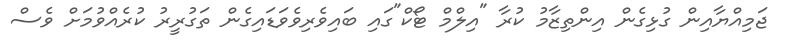
ޖަމިއްޔާއިން ގުޅިގެން އިންތިޒާމު ކުރާ "އިލްމް ޓޯކް"ގައި ބައިވެރިވެވަޑައިގެން ތަގުރީރު ކުރެއްވުމަށް ވެސް